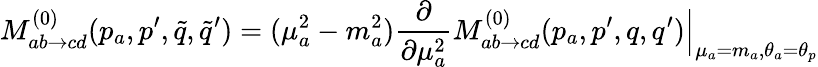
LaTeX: M_{ab\to cd}^{(0)}(p_{a},p^{\prime},\tilde{q},\tilde{q}^{\prime})=(\mu_{a}^{2}-m_{a}^{2})\frac{\partial}{\partial\mu_{a}^{2}}M_{ab\to cd}^{(0)}(p_{a},p^{\prime},q,q^{\prime})\Bigr|_{\mu_{a}=m_{a},\theta_{a}=\theta_{p}}